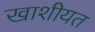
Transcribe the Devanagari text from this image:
खाशीयत